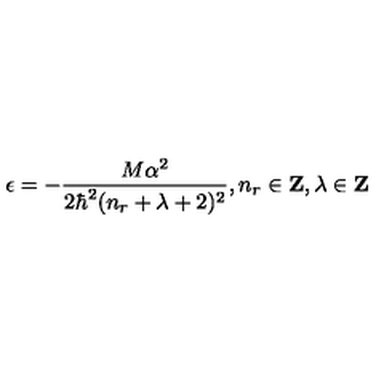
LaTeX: \epsilon = - \frac { M \alpha ^ { 2 } } { 2 \hbar ^ { 2 } ( n _ { r } + \lambda + 2 ) ^ { 2 } } , n _ { r } \in \mathrm { { \bf Z } } , \lambda \in \mathrm { { \bf Z } }